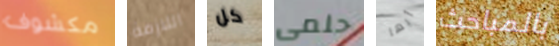
مكشوف اللازمة كل حلمى أيها بالمباحث